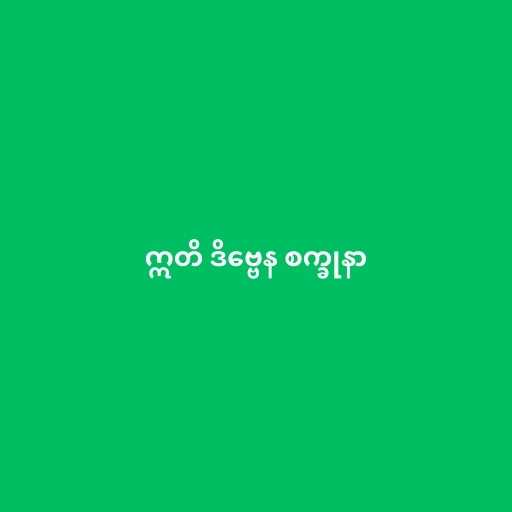
ဣတိ ဒိဗ္ဗေန စက္ခုနာ